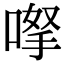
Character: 𠸎